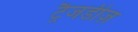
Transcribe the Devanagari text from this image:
ट्रैजडीज़